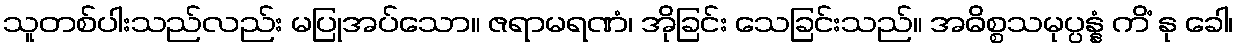
သူတစ်ပါးသည်လည်း မပြုအပ်သော။ ဇရာမရဏံ၊ အိုခြင်း သေခြင်းသည်။ အဓိစ္စသမုပ္ပန္နံ ကိံ နု ခေါ၊